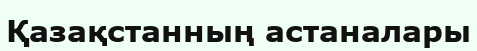
Қазақстанның астаналары